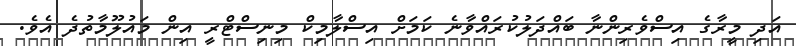
އަދި މީރާގެ އިސްވެރިންނާ ބައްދަލުކުރައްވާނެ ކަމަށް އިސްލާމިކް މިނިސްޓްރީ އިން މައުލޫމާތުދެ އެވެ.